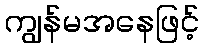
ကျွန်မအနေဖြင့်